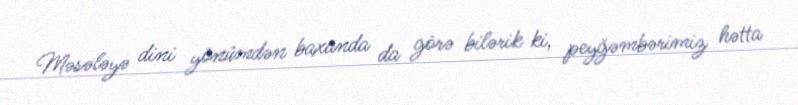
Məsələyə dini yönümdən baxanda da görə bilərik ki, peyğəmbərimiz hətta